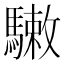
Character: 𩥹